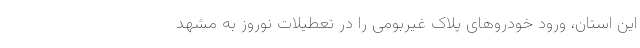
این استان، ورود خودروهای پلاک غیربومی را در تعطیلات نوروز به مشهد